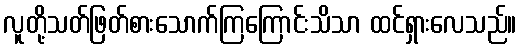
လူတို့သတ်ဖြတ်စားသောက်ကြကြောင်းသိသာ ထင်ရှားလေသည်။